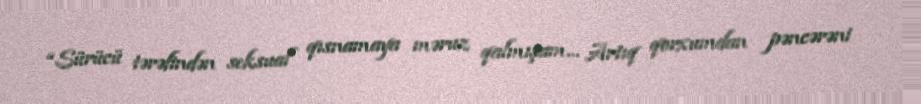
“Sürücü tərəfindən seksual qısnamaya məruz qalmışam… Artıq qorxumdan pəncərəni